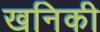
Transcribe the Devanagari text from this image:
खनिकी